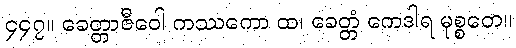
၄၄၇။ ခေတ္တာဇီဝေါ ကဿကော ထ၊ ခေတ္တံ ကေဒါရ မုစ္စတေ။